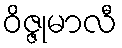
ဝိဇ္ဇုမာလီ